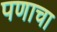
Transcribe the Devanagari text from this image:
पणाचा